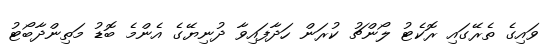
ވައިގެ ތެރޭގައި ރޮކެޓު ލޯންޗު ކުރަން ހަދާފައިވާ ދުނިޔޭގެ އެންމެ ބޮޑު މަތިންދާބޯޓު